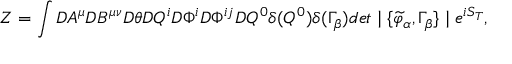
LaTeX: { \cal Z } = \int { \cal D } A ^ { \mu } { \cal D } B ^ { \mu \nu } { \cal D } \theta { \cal D } Q ^ { i } { \cal D } \Phi ^ { i } { \cal D } \Phi ^ { i j } { \cal D } Q ^ { 0 } \delta ( Q ^ { 0 } ) \delta ( \Gamma _ { \beta } ) d e t \mid \{ \widetilde { \varphi } _ { \alpha } , \Gamma _ { \beta } \} \mid e ^ { i S _ { T } } ,